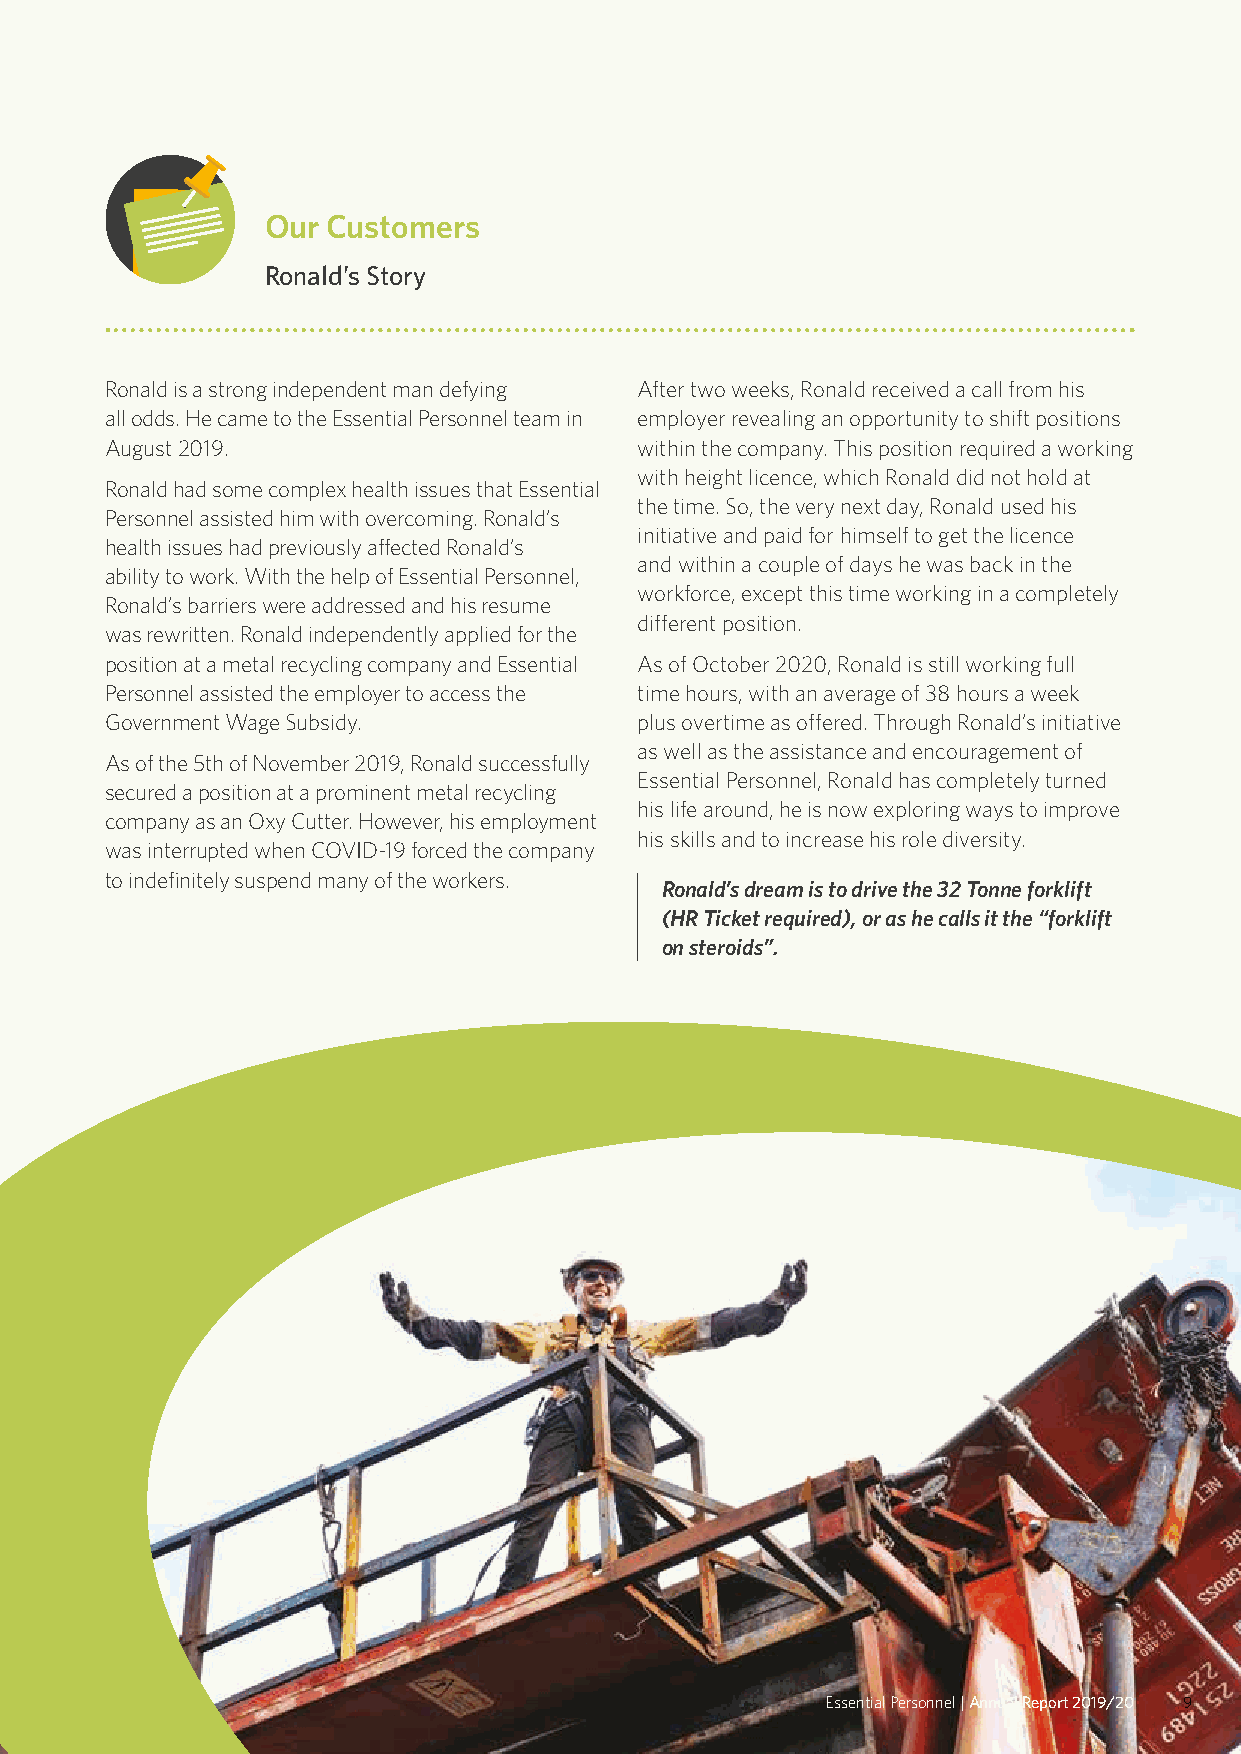
Our Customers
 Ronald’s Story
 Ronald is a strong independent man defying After two weeks, Ronald received a call from his
 all odds. He came to the Essential Personnel team in employer revealing an opportunity to shift positions
 August 2019.                       within the company. This position required a working
 with height licence, which Ronald did not hold at
 Ronald had some complex health issues that Essential
 the time. So, the very next day, Ronald used his
 Personnel assisted him with overcoming. Ronald’s
 initiative and paid for himself to get the licence
 health issues had previously affected Ronald’s
 and within a couple of days he was back in the
 ability to work. With the help of Essential Personnel,
 workforce, except this time working in a completely
 Ronald’s barriers were addressed and his resume
 different position.
 was rewritten. Ronald independently applied for the
 position at a metal recycling company and Essential As of October 2020, Ronald is still working full
 Personnel assisted the employer to access the time hours, with an average of 38 hours a week
 Government Wage Subsidy.           plus overtime as offered. Through Ronald’s initiative
 as well as the assistance and encouragement of
 As of the 5th of November 2019, Ronald successfully
 Essential Personnel, Ronald has completely turned
 secured a position at a prominent metal recycling
 his life around, he is now exploring ways to improve
 company as an Oxy Cutter. However, his employment
 his skills and to increase his role diversity.
 was interrupted when COVID-19 forced the company
 to indefinitely suspend many of the workers.
 Ronald’s dream is to drive the 32 Tonne forklift
 (HR Ticket required), or as he calls it the “forklift
 on steroids”.
 Essential Personnel | Annual Report 2019/20 9